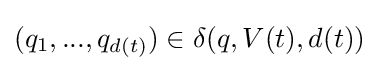
(q_{1},...,q_{d(t)})\in \delta (q,V(t),d(t))